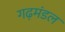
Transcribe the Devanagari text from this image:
गढ़मंडल